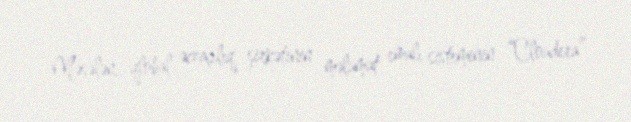
Məsələn, qlobal əczaçılıq şirkətinin məlumat emalı sisteminin “Cloudera”